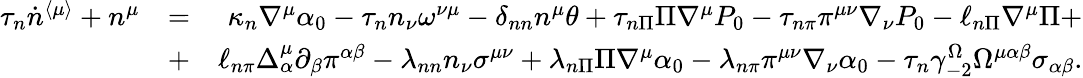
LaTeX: \begin{array}{rlr}{\tau_{n}\dot{n}^{\langle\mu\rangle}+n^{\mu}}&{=}&{\kappa_{n}\nabla^{\mu}\alpha_{0}-\tau_{n}n_{\nu}\omega^{\nu\mu}-\delta_{nn}n^{\mu}\theta+\tau_{n\Pi}\Pi\nabla^{\mu}P_{0}-\tau_{n\pi}\pi^{\mu\nu}\nabla_{\nu}P_{0}-\ell_{n\Pi}\nabla^{\mu}\Pi+}\\ &{+}&{\ell_{n\pi}\Delta_{\alpha}^{\mu}\partial_{\beta}\pi^{\alpha\beta}-\lambda_{nn}n_{\nu}\sigma^{\mu\nu}+\lambda_{n\Pi}\Pi\nabla^{\mu}\alpha_{0}-\lambda_{n\pi}\pi^{\mu\nu}\nabla_{\nu}\alpha_{0}-\tau_{n}\gamma_{-2}^{\Omega}\Omega^{\mu\alpha\beta}\sigma_{\alpha\beta}.}\end{array}